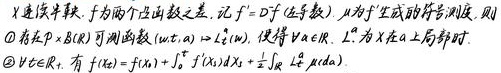
设 \(X\) 为连续半鞅，\(f\) 为两个凸函数之差，记 \(f' = D^+f\)（\(f'\) 为凸函数），\(\mu\) 为 \(f'\) 生成的符号测度，则
\textcircled{1} 存在 \(p \times p\) 自对偶可测函数 \((w(t,\omega)) \in L^2(\omega)\)，使得 \(\forall a \in \mathbb{R}\)，\(L^a\) 为 \(X\) 在 \(a\) 处的局部时。
\textcircled{2} \(\forall t \in \mathbb{R}_+\)，有
\[f(X_t)=f(X_0)+\int_0^t f'(X_s)dX_s+\frac{1}{2}\int_{\mathbb{R}} L_s^a \mu(da)\]